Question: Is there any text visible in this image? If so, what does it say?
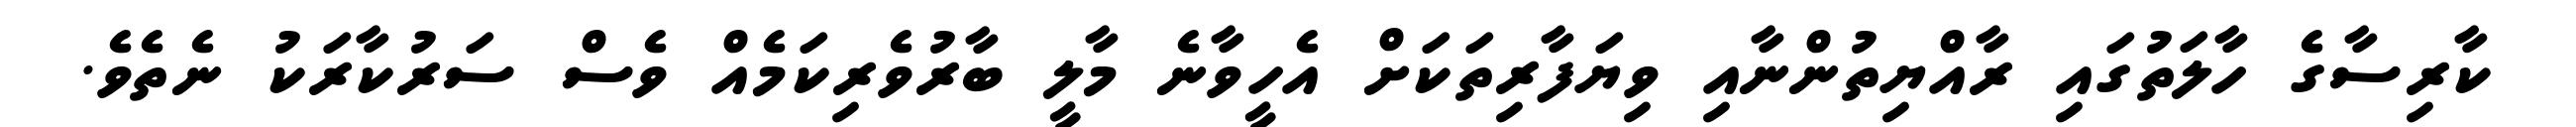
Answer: ކާރިސާގެ ހާލަތުގައި ރާއްޔިތުންނާއި ވިޔަފާރިތަކަށް އެހީވާނެ މާލީ ބާރުވެރިކަމެއް ވެސް ސަރުކާރަކު ނެތެވެ.